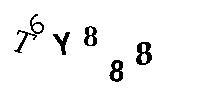
T6Y888